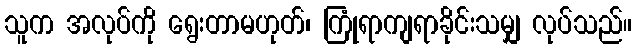
သူက အလုပ်ကို ရွေးတာမဟုတ်၊ ကြုံရာကျရာခိုင်းသမျှ လုပ်သည်။